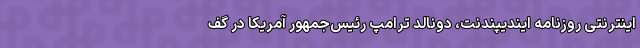
اینترنتی روزنامه ایندیپندنت، دونالد ترامپ رئیس‌جمهور آمریکا در گف